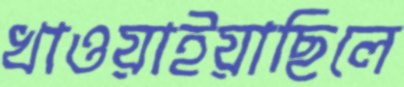
খাওয়াইয়াছিলে